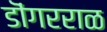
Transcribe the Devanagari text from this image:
डॊंगरराळ